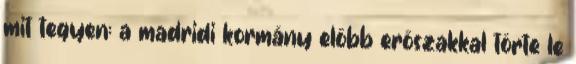
mit tegyen: a madridi kormány előbb erőszakkal törte le